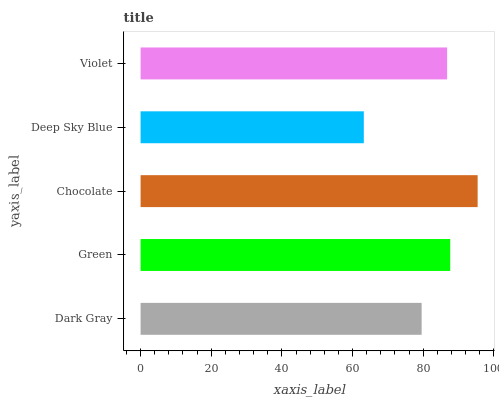
| yaxis_label | bars |
 | --- | --- |
 | Dark Gray | 79.6 |
 | Green | 87.6 |
 | Chocolate | 95.4 |
 | Deep Sky Blue | 63.2 |
 | Violet | 86.8 |